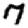
Digit: 7